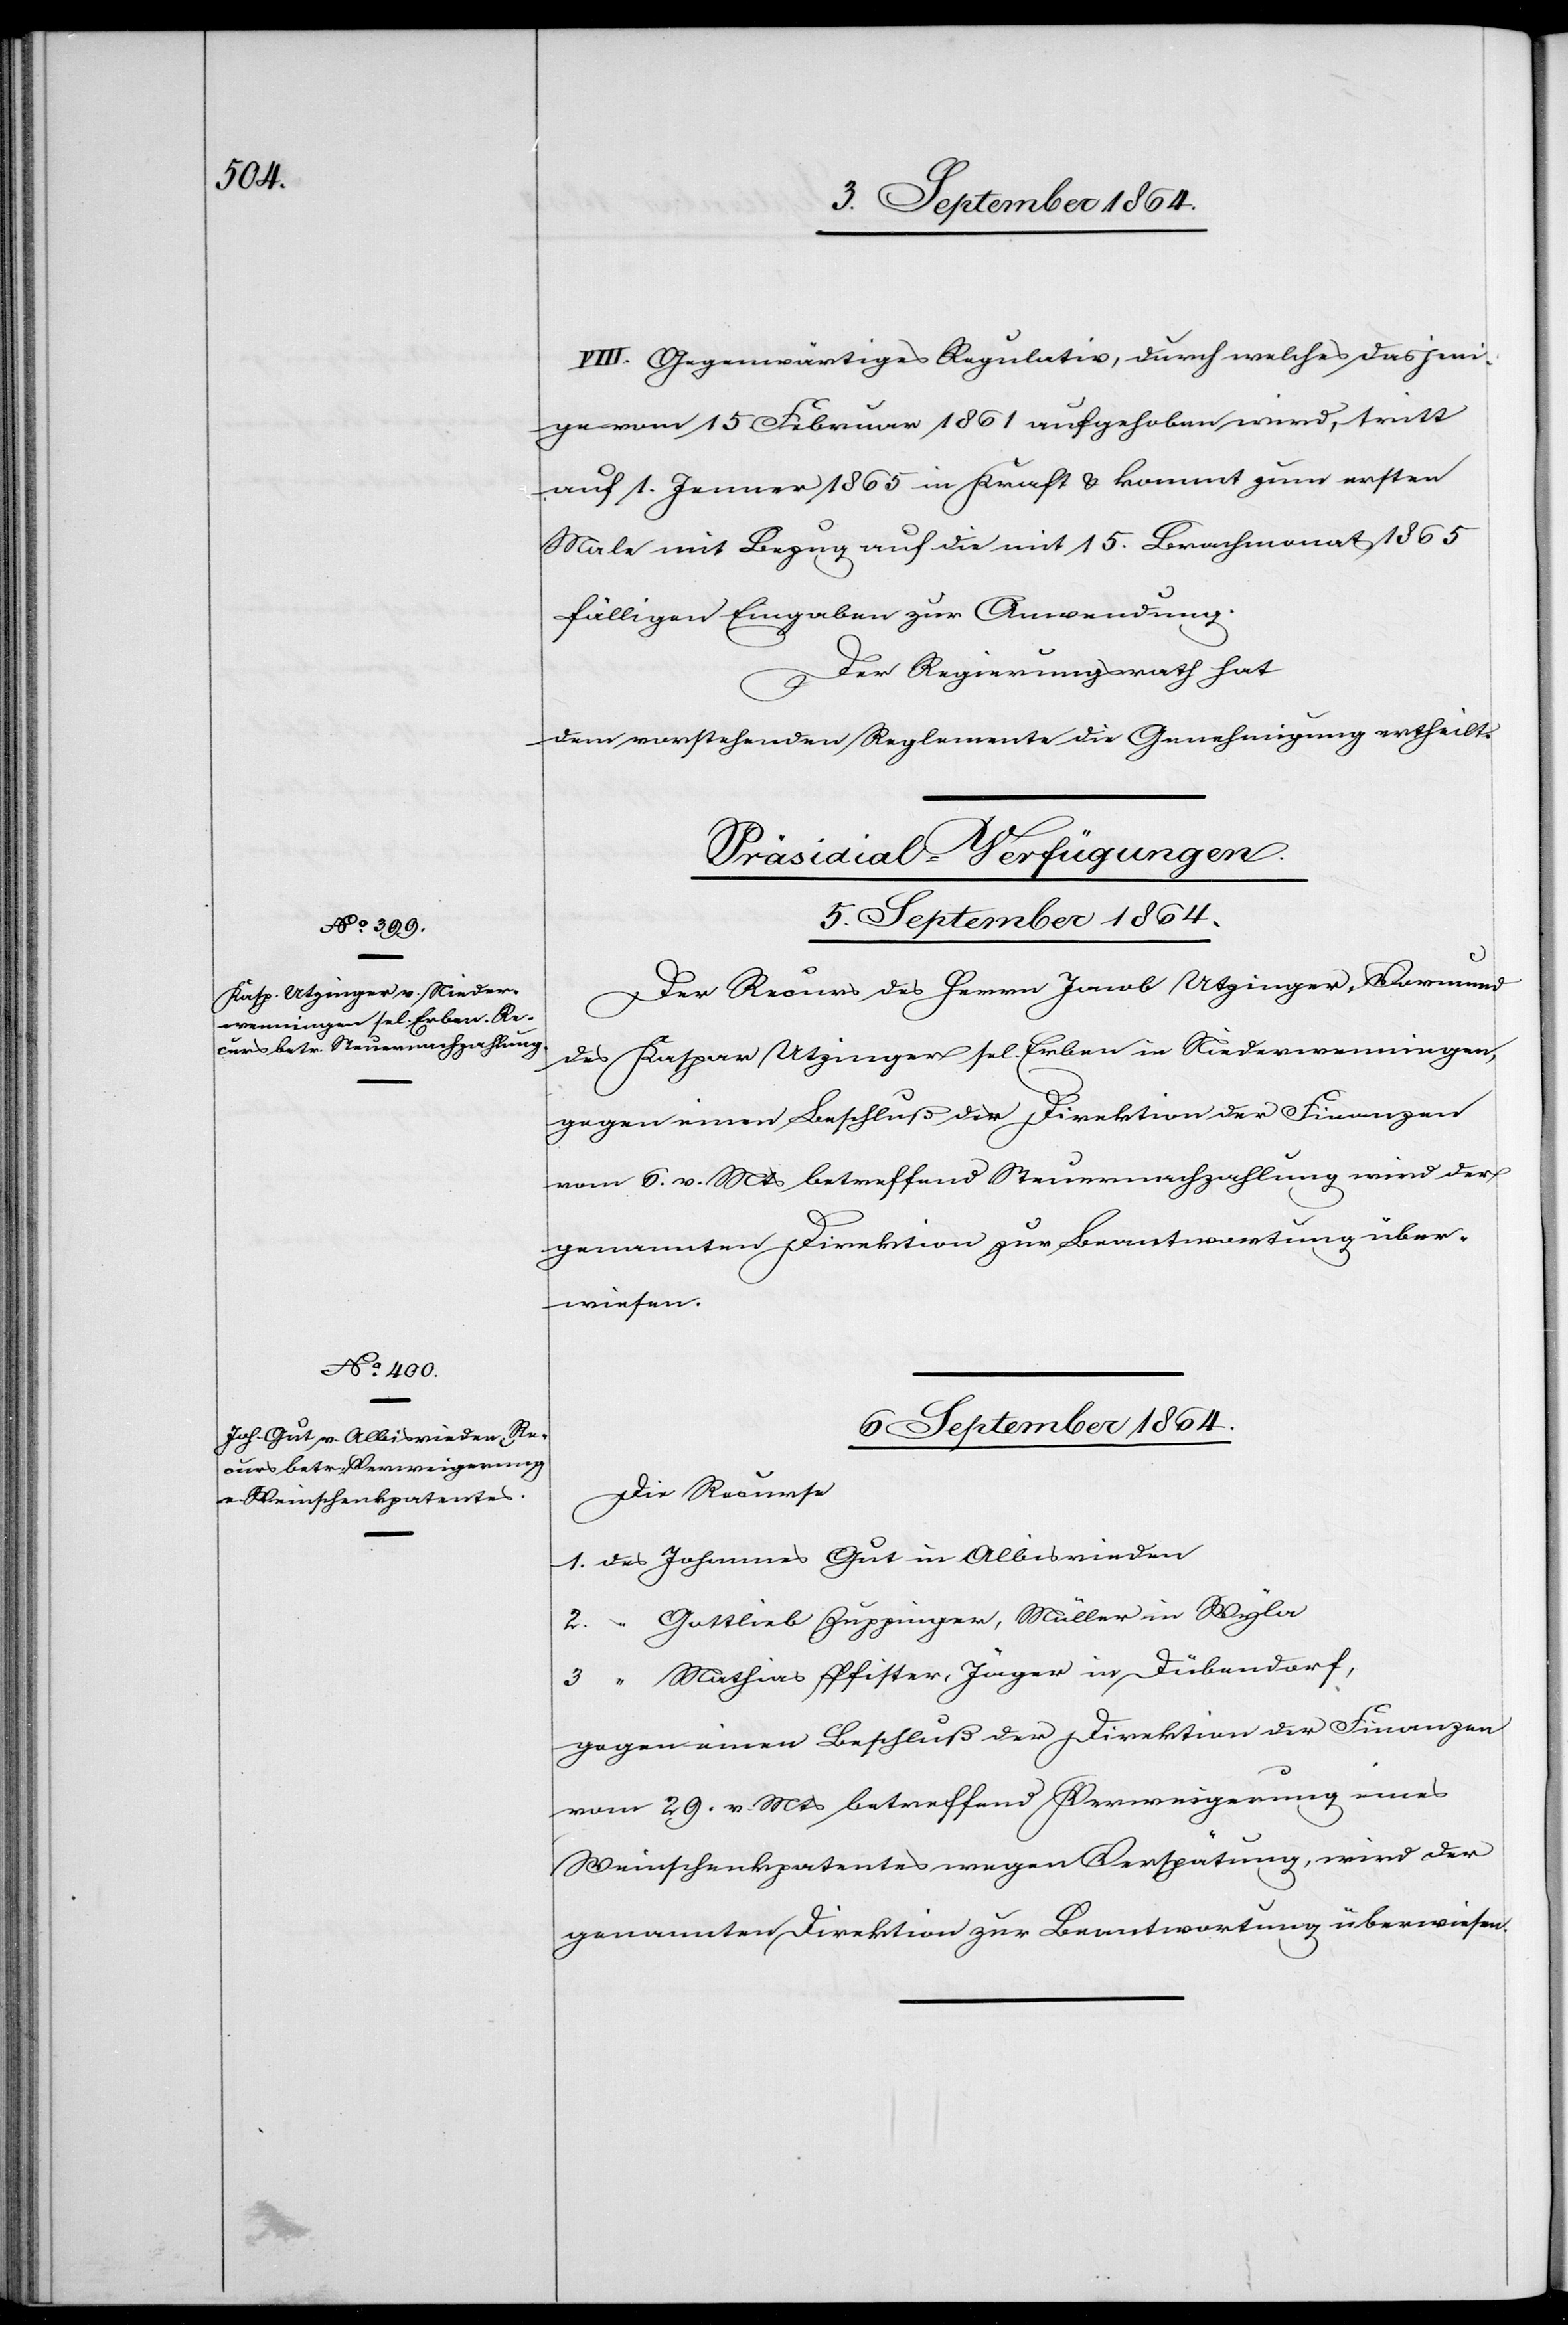
VIII. Gegenwärtiges Regulativ, durch welches dasjeni¬
ge vom 15. Februar 1861 aufgehoben wird, tritt
auf 1. Jenner 1865 in Kraft & kommt zum ersten
Male mit Bezug auf die mit 15. Brachmonat 1865
fälligen Eingaben zur Anwendung.
Der Regierungsrath hat
dem vorstehenden Reglemente die Genehmigung ertheilt.
[Präsidial-Verfügungen.]
6. September 1864.
Der Recurs des Herrn Jacob Utzinger, Vormund
des Kaspar Utzinger sel. Erben in Niederwenningen
gegen einen Beschluß der Direktion der Finanzen
vom 6. v. Mts betreffend Steuernachzahlung wird der
Die Recurse
1. des Johannes Gut in Albisrieden
2. “ Gottlieb Zuppinger, Müller in Wyla
3. “ Mathias Pfister, Jäger in Dübendorf,
gegen einen Beschluß der Direktion der Finanzen
vom 29. v. Mts betreffend Verweigerung eines
Weinschenkpatentes wegen Verspätung, wird [sic!]
genannten Direktion zur Beantwortung überwiesen.